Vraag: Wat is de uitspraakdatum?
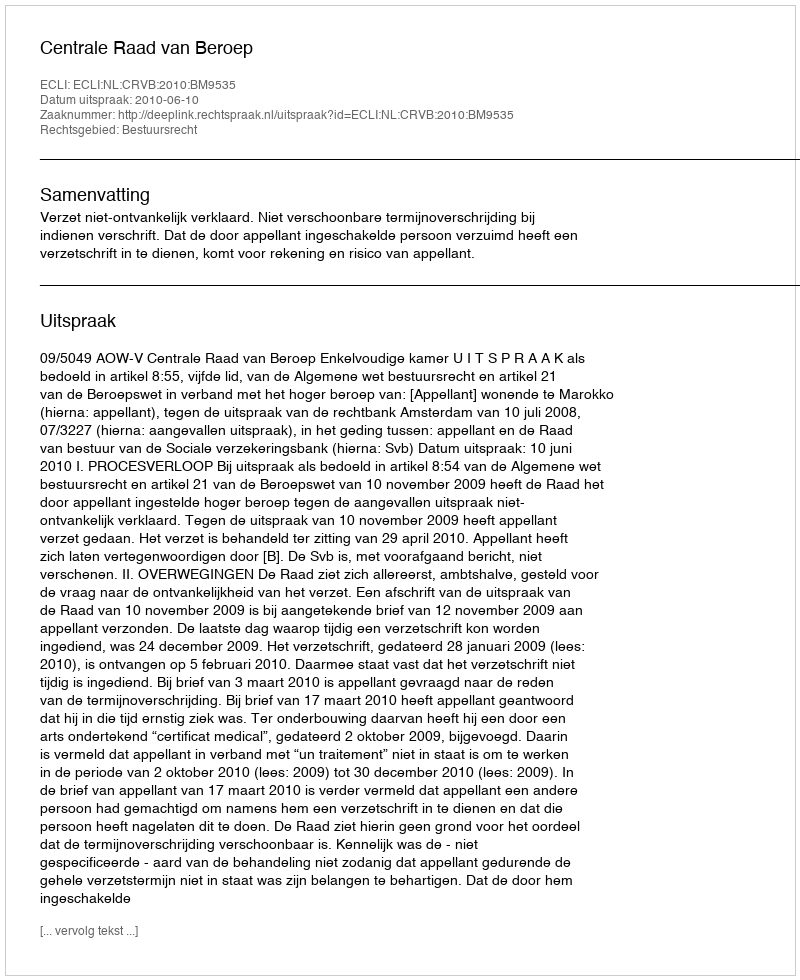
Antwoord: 2010-06-10